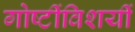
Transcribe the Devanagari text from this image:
गोष्टींविशयीं